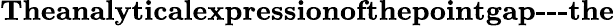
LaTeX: \textbf{Theanalyticalexpressionofthepointgap---the}